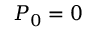
P _ { 0 } = \boldsymbol { 0 }